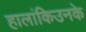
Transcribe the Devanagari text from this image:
हालांकिउनके